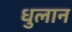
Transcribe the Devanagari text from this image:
धुलान